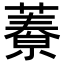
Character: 𦾁